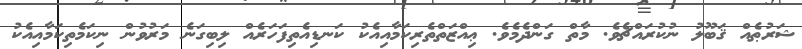
ޝަރުޠެއް ޤަބޫލު ނުކުރައްޗެވެ. މާތް ގަންދެމެވެ. ޢިއްޒަތްތެރިކަމާއިއެކު ކަނޑިއެތިފަހަރެއް ލިބިގަނެ މަރުވުން ނިކަމެތިކަމާއިއެކު